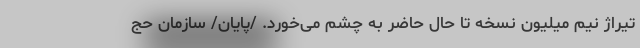
تیراژ نیم میلیون نسخه تا حال حاضر به چشم می‌خورد. /پایان/ سازمان حج